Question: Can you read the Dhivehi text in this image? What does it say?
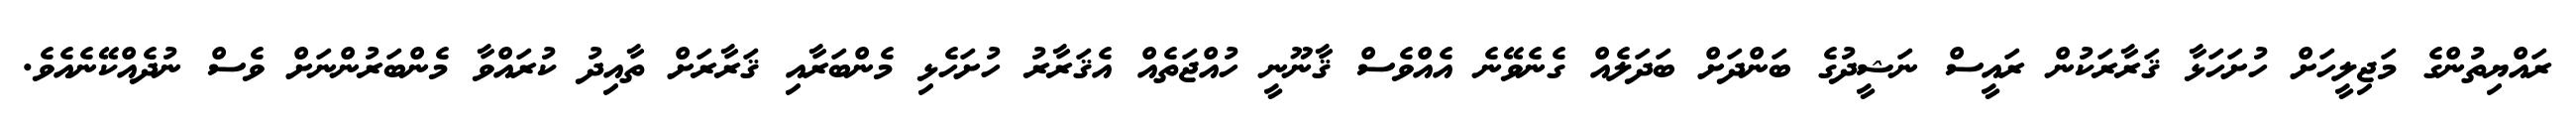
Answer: ރައްޔިތުންގެ މަޖިލީހަށް ހުށަހަޅާ ޤަރާރަކުން ރައީސް ނަޝީދުގެ ބަންދަށް ބަދަލެއް ގެނެވޭނެ އެއްވެސް ޤާނޫނީ ހުއްޖަތެއް އެޤަރާރު ހުށަހެޅި މެންބަރާއި ޤަރާރަށް ތާއިދު ކުރައްވާ މެންބަރުންނަށް ވެސް ނުދެއްކޭނެއެވެ.